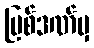
ပြစ်ဒဏ်မှ